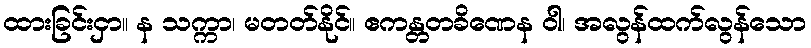
ထားခြင်းငှာ။ န သက္ကာ၊ မတတ်နိုင်။ ဧကန္တတခိဏေန ဝါ၊ အလွန်ထက်လွန်သော